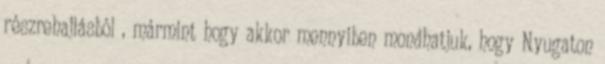
részrehajlásból , mármint hogy akkor mennyiben mondhatjuk, hogy Nyugaton